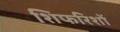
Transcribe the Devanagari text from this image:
शिफरिशों